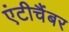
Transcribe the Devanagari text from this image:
एंटीचैंबर